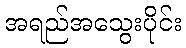
အရည်အသွေးပိုင်း